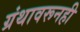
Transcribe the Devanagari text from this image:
ग्रंथावरूनही